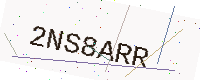
Text: 2NS8ARR